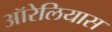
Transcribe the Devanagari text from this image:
ऑरेलियास